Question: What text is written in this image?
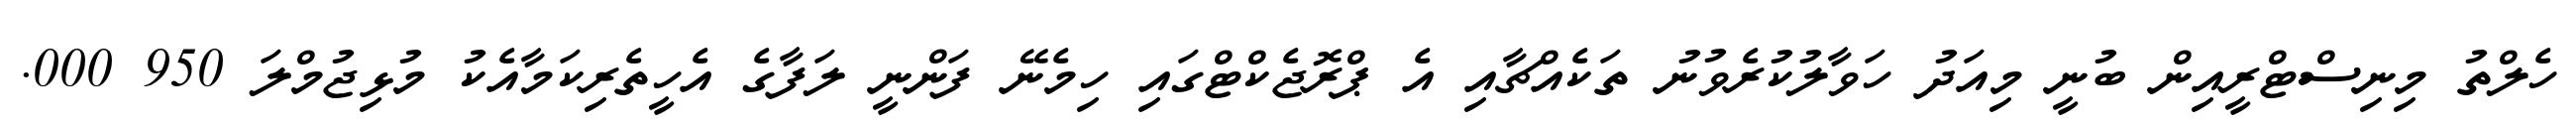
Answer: ހެލްތު މިނިސްޓްރީއިން ބުނީ މިއަދު ހަވާލުކުރެވުނު ތަކެއްޗާއި އެ ޕްރޮޖެކްޓްގައި ހިމެނޭ ފަންނީ ލަފާގެ އެހީތެރިކަމާއެކު މުޅިޖުމްލަ 950 000.